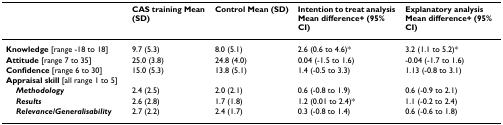
<table><thead><tr><td></td><td><b>CAS training Mean (SD)</b></td><td><b>Control Mean (SD)</b></td><td><b>Intention to treat analysis Mean difference+ (95% CI)</b></td><td><b>Explanatory analysis Mean difference+ (95% CI)</b></td></tr></thead><tbody><tr><td><b>Knowledge </b>[range -18 to 18]</td><td>9.7 (5.3)</td><td>8.0 (5.1)</td><td>2.6 (0.6 to 4.6)*</td><td>3.2 (1.1 to 5.2)*</td></tr><tr><td><b>Attitude </b>[range 7 to 35]</td><td>25.0 (3.8)</td><td>24.8 (4.0)</td><td>0.04 (-1.5 to 1.6)</td><td>-0.04 (-1.7 to 1.6)</td></tr><tr><td><b>Confidence </b>[range 6 to 30]</td><td>15.0 (5.3)</td><td>13.8 (5.1)</td><td>1.4 (-0.5 to 3.3)</td><td>1.13 (-0.8 to 3.1)</td></tr><tr><td colspan="5"><b>Appraisal skill </b>[all range 1 to 5]</td></tr><tr><td> <b><i>Methodology</i></b></td><td>2.4 (2.5)</td><td>2.0 (2.1)</td><td>0.6 (-0.8 to 1.9)</td><td>0.6 (-0.9 to 2.1)</td></tr><tr><td> <b><i>Results</i></b></td><td>2.6 (2.8)</td><td>1.7 (1.8)</td><td>1.2 (0.01 to 2.4)*</td><td>1.1 (-0.2 to 2.4)</td></tr><tr><td> <b><i>Relevance/Generalisability</i></b></td><td>2.7 (2.2)</td><td>2.4 (1.7)</td><td>0.3 (-0.8 to 1.4)</td><td>0.6 (-0.6 to 1.8)</td></tr></tbody></table>